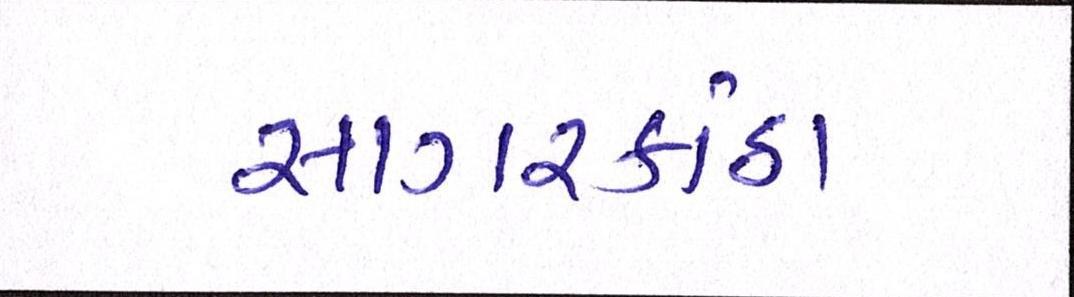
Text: સાગરકાંઠા